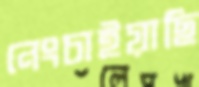
নেংচাইয়াছি